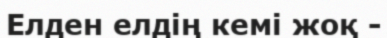
Елден елдің кемі жоқ -